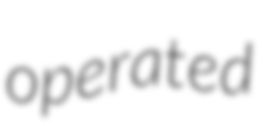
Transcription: operated